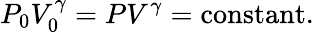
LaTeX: P_{0}V_{0}^{\gamma}=PV^{\gamma}=\operatorname{constant}.